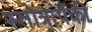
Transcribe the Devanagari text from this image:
स्तोत्रांपैकी